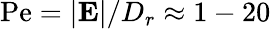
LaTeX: \textrm{Pe}=|\textbf{E}|/D_{r}\approx 1-20